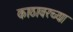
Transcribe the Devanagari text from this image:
काठावरच्या